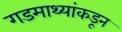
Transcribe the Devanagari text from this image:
गडमाथ्यांकडून